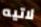
لاتيه